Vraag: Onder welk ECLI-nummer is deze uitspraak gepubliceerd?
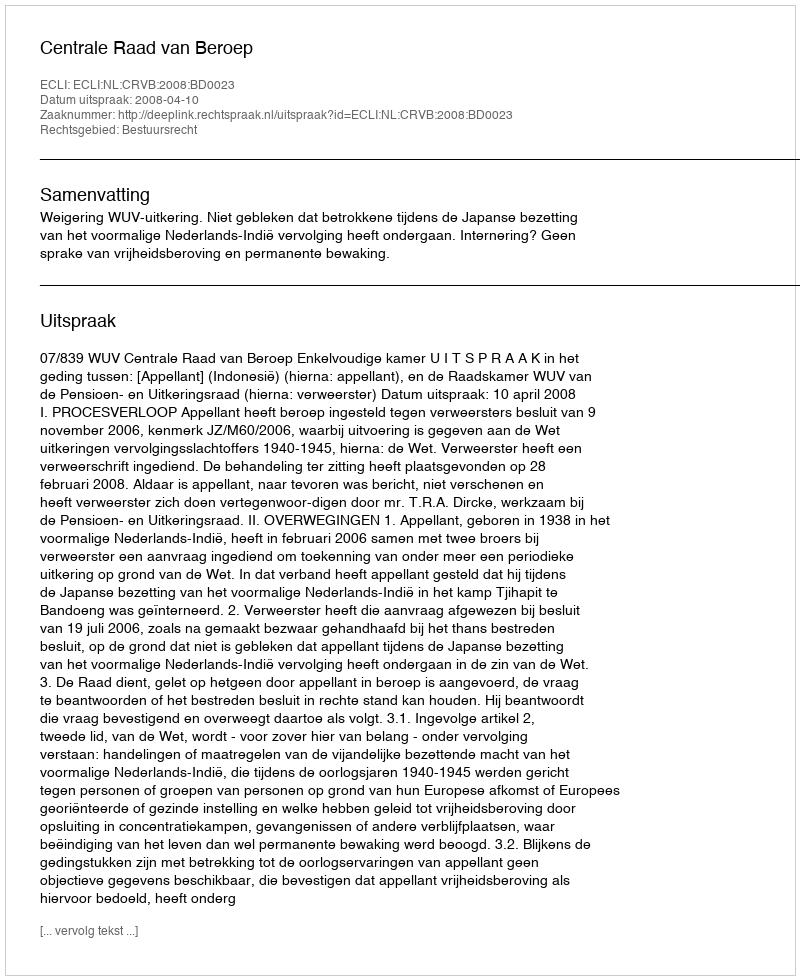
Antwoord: ECLI:NL:CRVB:2008:BD0023